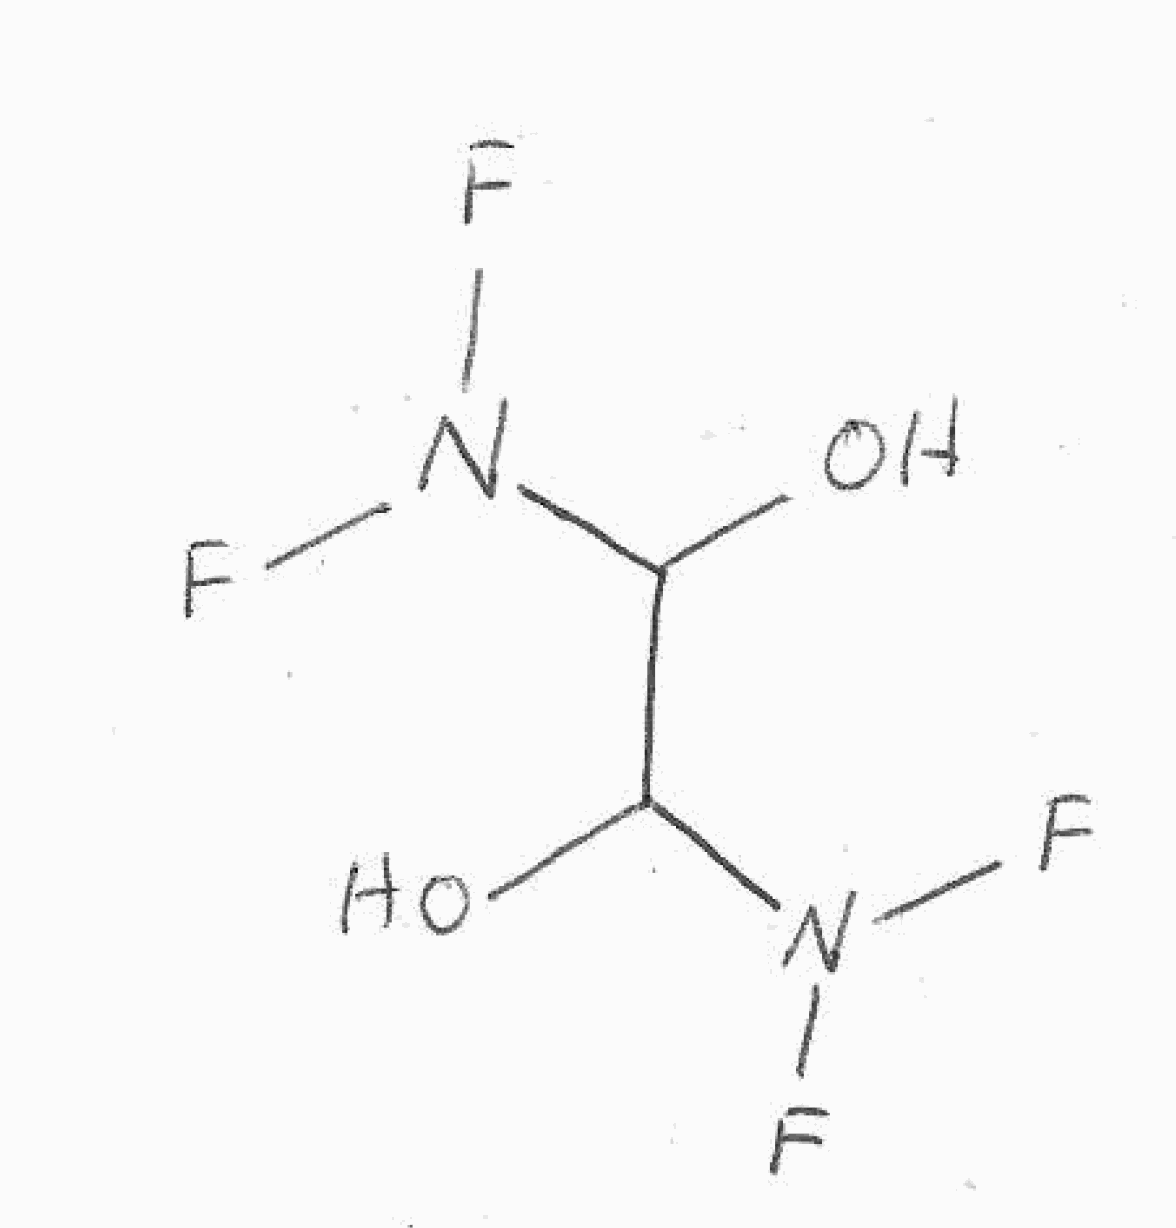
Simplified molecular-input line-entry system (SMILES) notation of the given molecule:
C(C(N(F)F)O)(N(F)F)O